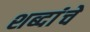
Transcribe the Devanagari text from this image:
शब्दांंचे